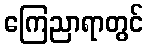
ကြေညာရာတွင်